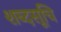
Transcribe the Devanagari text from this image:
शब्दसूचि